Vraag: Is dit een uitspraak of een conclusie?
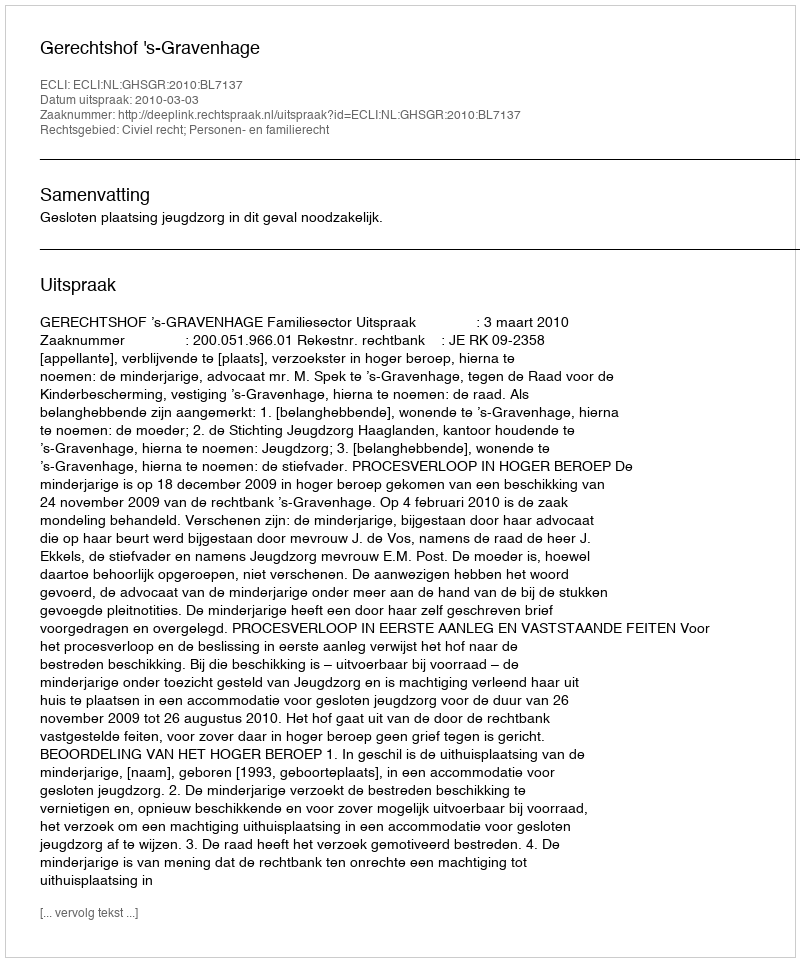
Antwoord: Uitspraak